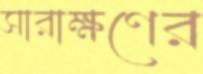
সারাক্ষণের